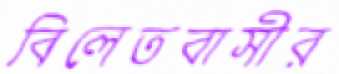
বিলেতবাসীর